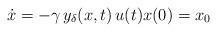
LaTeX: \begin{align*}\dot{x}= -\gamma \, y_\delta(x,t) \, u(t)x(0) = x_0\end{align*}